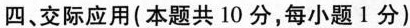
四、交际应用(本题共 10 分,每小题1分)